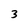
Character: 3